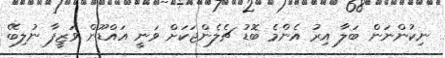
ނިކުންނަން ބަލާ އިރު އެންމެ ބޮޑު ޗެލެންޖަކަށް ވަނީ އައްޑޫން ވަޒީފާ ނުލިބޭ